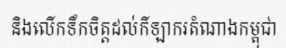
និងលើកទឹកចិត្តដល់កីឡាករតំណាងកម្ពុជា